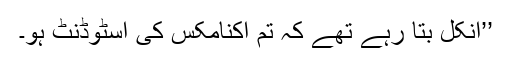
’’انکل بتا رہے تھے کہ تم اکنامکس کی اسٹوڈنٹ ہو۔